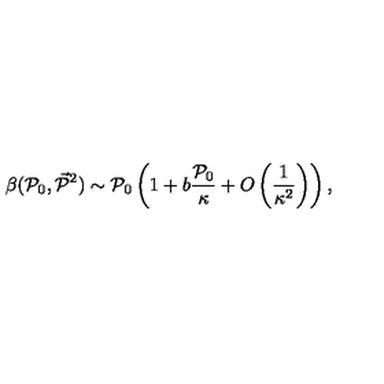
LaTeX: \beta ( { \cal P } _ { 0 } , \vec { { \cal P } } { } ^ { 2 } ) \sim { \cal P } _ { 0 } \left( 1 + b \frac { { \cal P } _ { 0 } } { \kappa } + O \left( \frac { 1 } { \kappa ^ { 2 } } \right) \right) ,